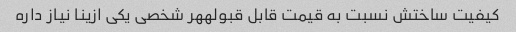
کیفیت ساختش نسبت به قیمت قابل قبولههر شخصی یکی ازینا نیاز داره